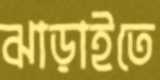
ঝাড়াইতে